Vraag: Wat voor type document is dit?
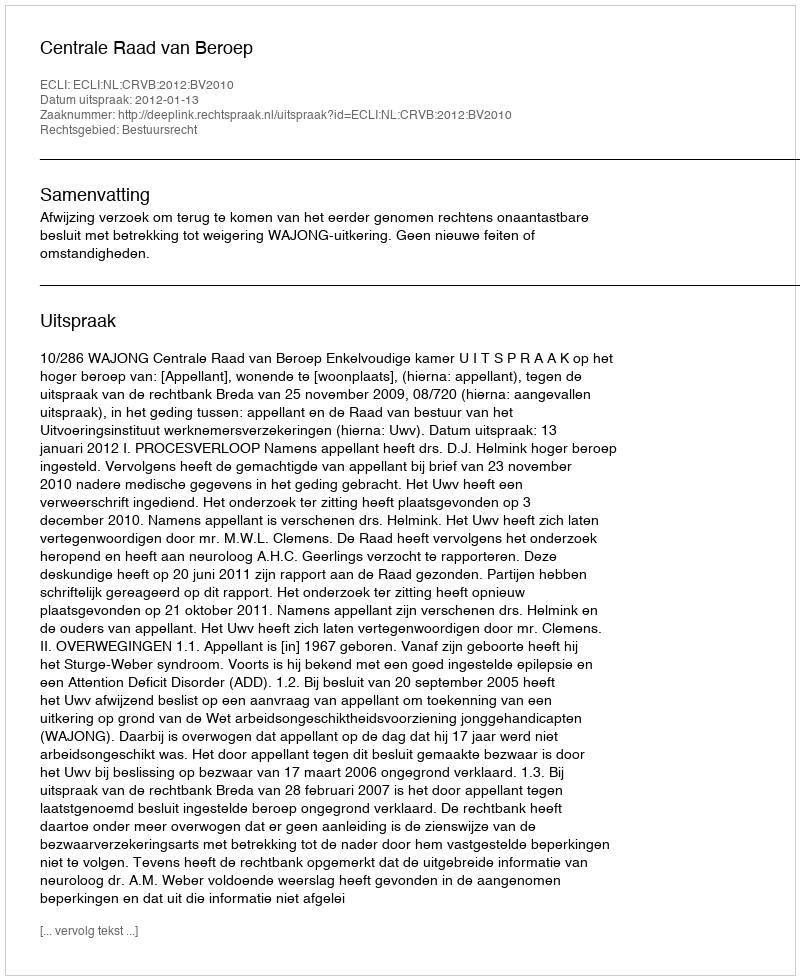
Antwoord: Uitspraak